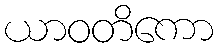
ယာဝတိကော